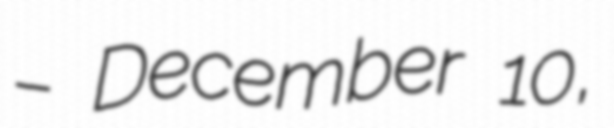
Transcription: – December 10,